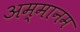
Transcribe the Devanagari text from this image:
अम्मानम